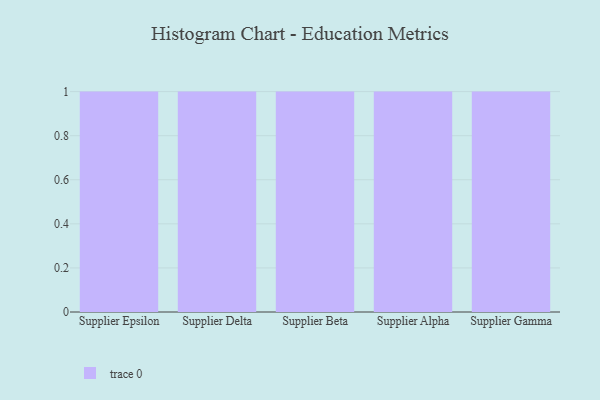
{"axis": {"x": "Supplier", "y": "Inventory Turnover"}, "legend": [""], "data": [{"x": "Supplier Epsilon", "y": 47, "type": ""}, {"x": "Supplier Delta", "y": 94, "type": ""}, {"x": "Supplier Beta", "y": 21, "type": ""}, {"x": "Supplier Alpha", "y": 97, "type": ""}, {"x": "Supplier Gamma", "y": 100, "type": ""}]}